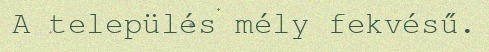
A település mély fekvésű.